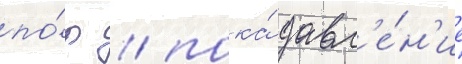
по́р / пока́ давл'е́н'ие